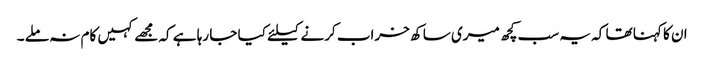
ان کا کہنا تھا کہ یہ سب کچھ میری ساکھ خراب کرنے کیلئے کیا جا رہا ہے کہ مجھے کہیں کام نہ ملے ۔